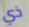
ذي